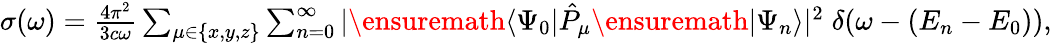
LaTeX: \begin{array}{r}{\sigma(\omega)=\frac{4\pi^{2}}{3c\omega}\sum_{\mu\in\{ x,y,z\} }\sum_{n=0}^{\infty}|\ensuremath{\langle\Psi_{0}\vert}\hat{P}_{\mu}\ensuremath{\vert\Psi_{n}\rangle}|^{2}\; \delta(\omega-(E_{n}-E_{0})),}\end{array}